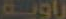
راوية